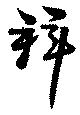
拜